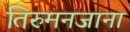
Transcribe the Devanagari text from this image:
तिरुमनजाना